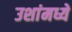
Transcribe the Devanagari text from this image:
उशांमध्ये